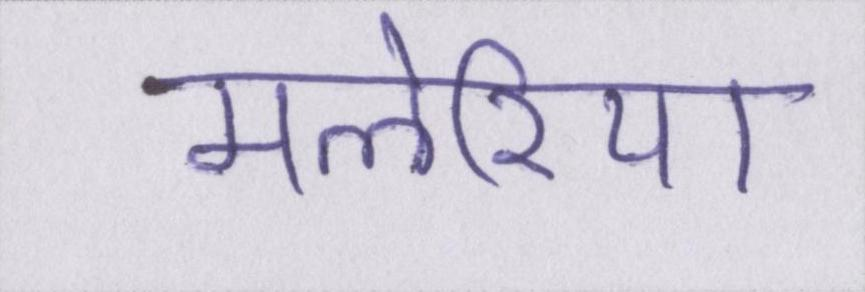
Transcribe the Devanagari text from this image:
मलेरिया